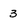
Character: 3